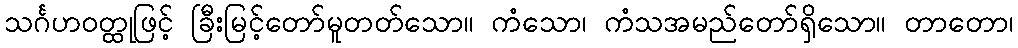
သင်္ဂဟဝတ္ထုဖြင့် ခြီးမြင့်တော်မူတတ်သော။ ကံသော၊ ကံသအမည်တော်ရှိသော။ တာတော၊